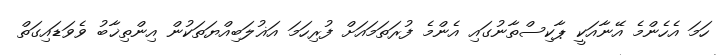
ހަމަ އެހެންމެ އޭނާއަކީ ޕާކިސްތާނުގައި އެންމެ ފުރަތަމައަށް ފުރިހަމަ އަޣުލަބިއްޔަތަކުން އިންތިޚާބު ވެވަޑައިގަތް